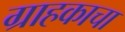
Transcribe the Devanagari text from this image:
ग्राहकाचा